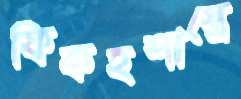
ফিকহশাস্ত্রে